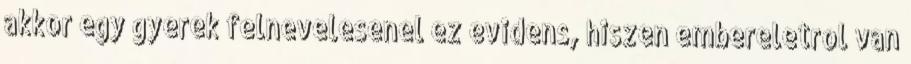
akkor egy gyerek felnevelesenel ez evidens, hiszen embereletrol van